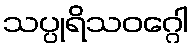
သပ္ပုရိသဝဂ္ဂေါ